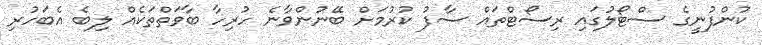
ކުންފުނީގެ ސްޓޯލުގައި ރިސޯޓްތައް ސާފު ކުރުމަށް ބޭނުންވާނެ ހުރިހާ ބާވަތްތަކެއް ލިބެ އެބަހުރި